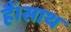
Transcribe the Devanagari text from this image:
हैं।साथ